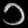
Digit: ၁